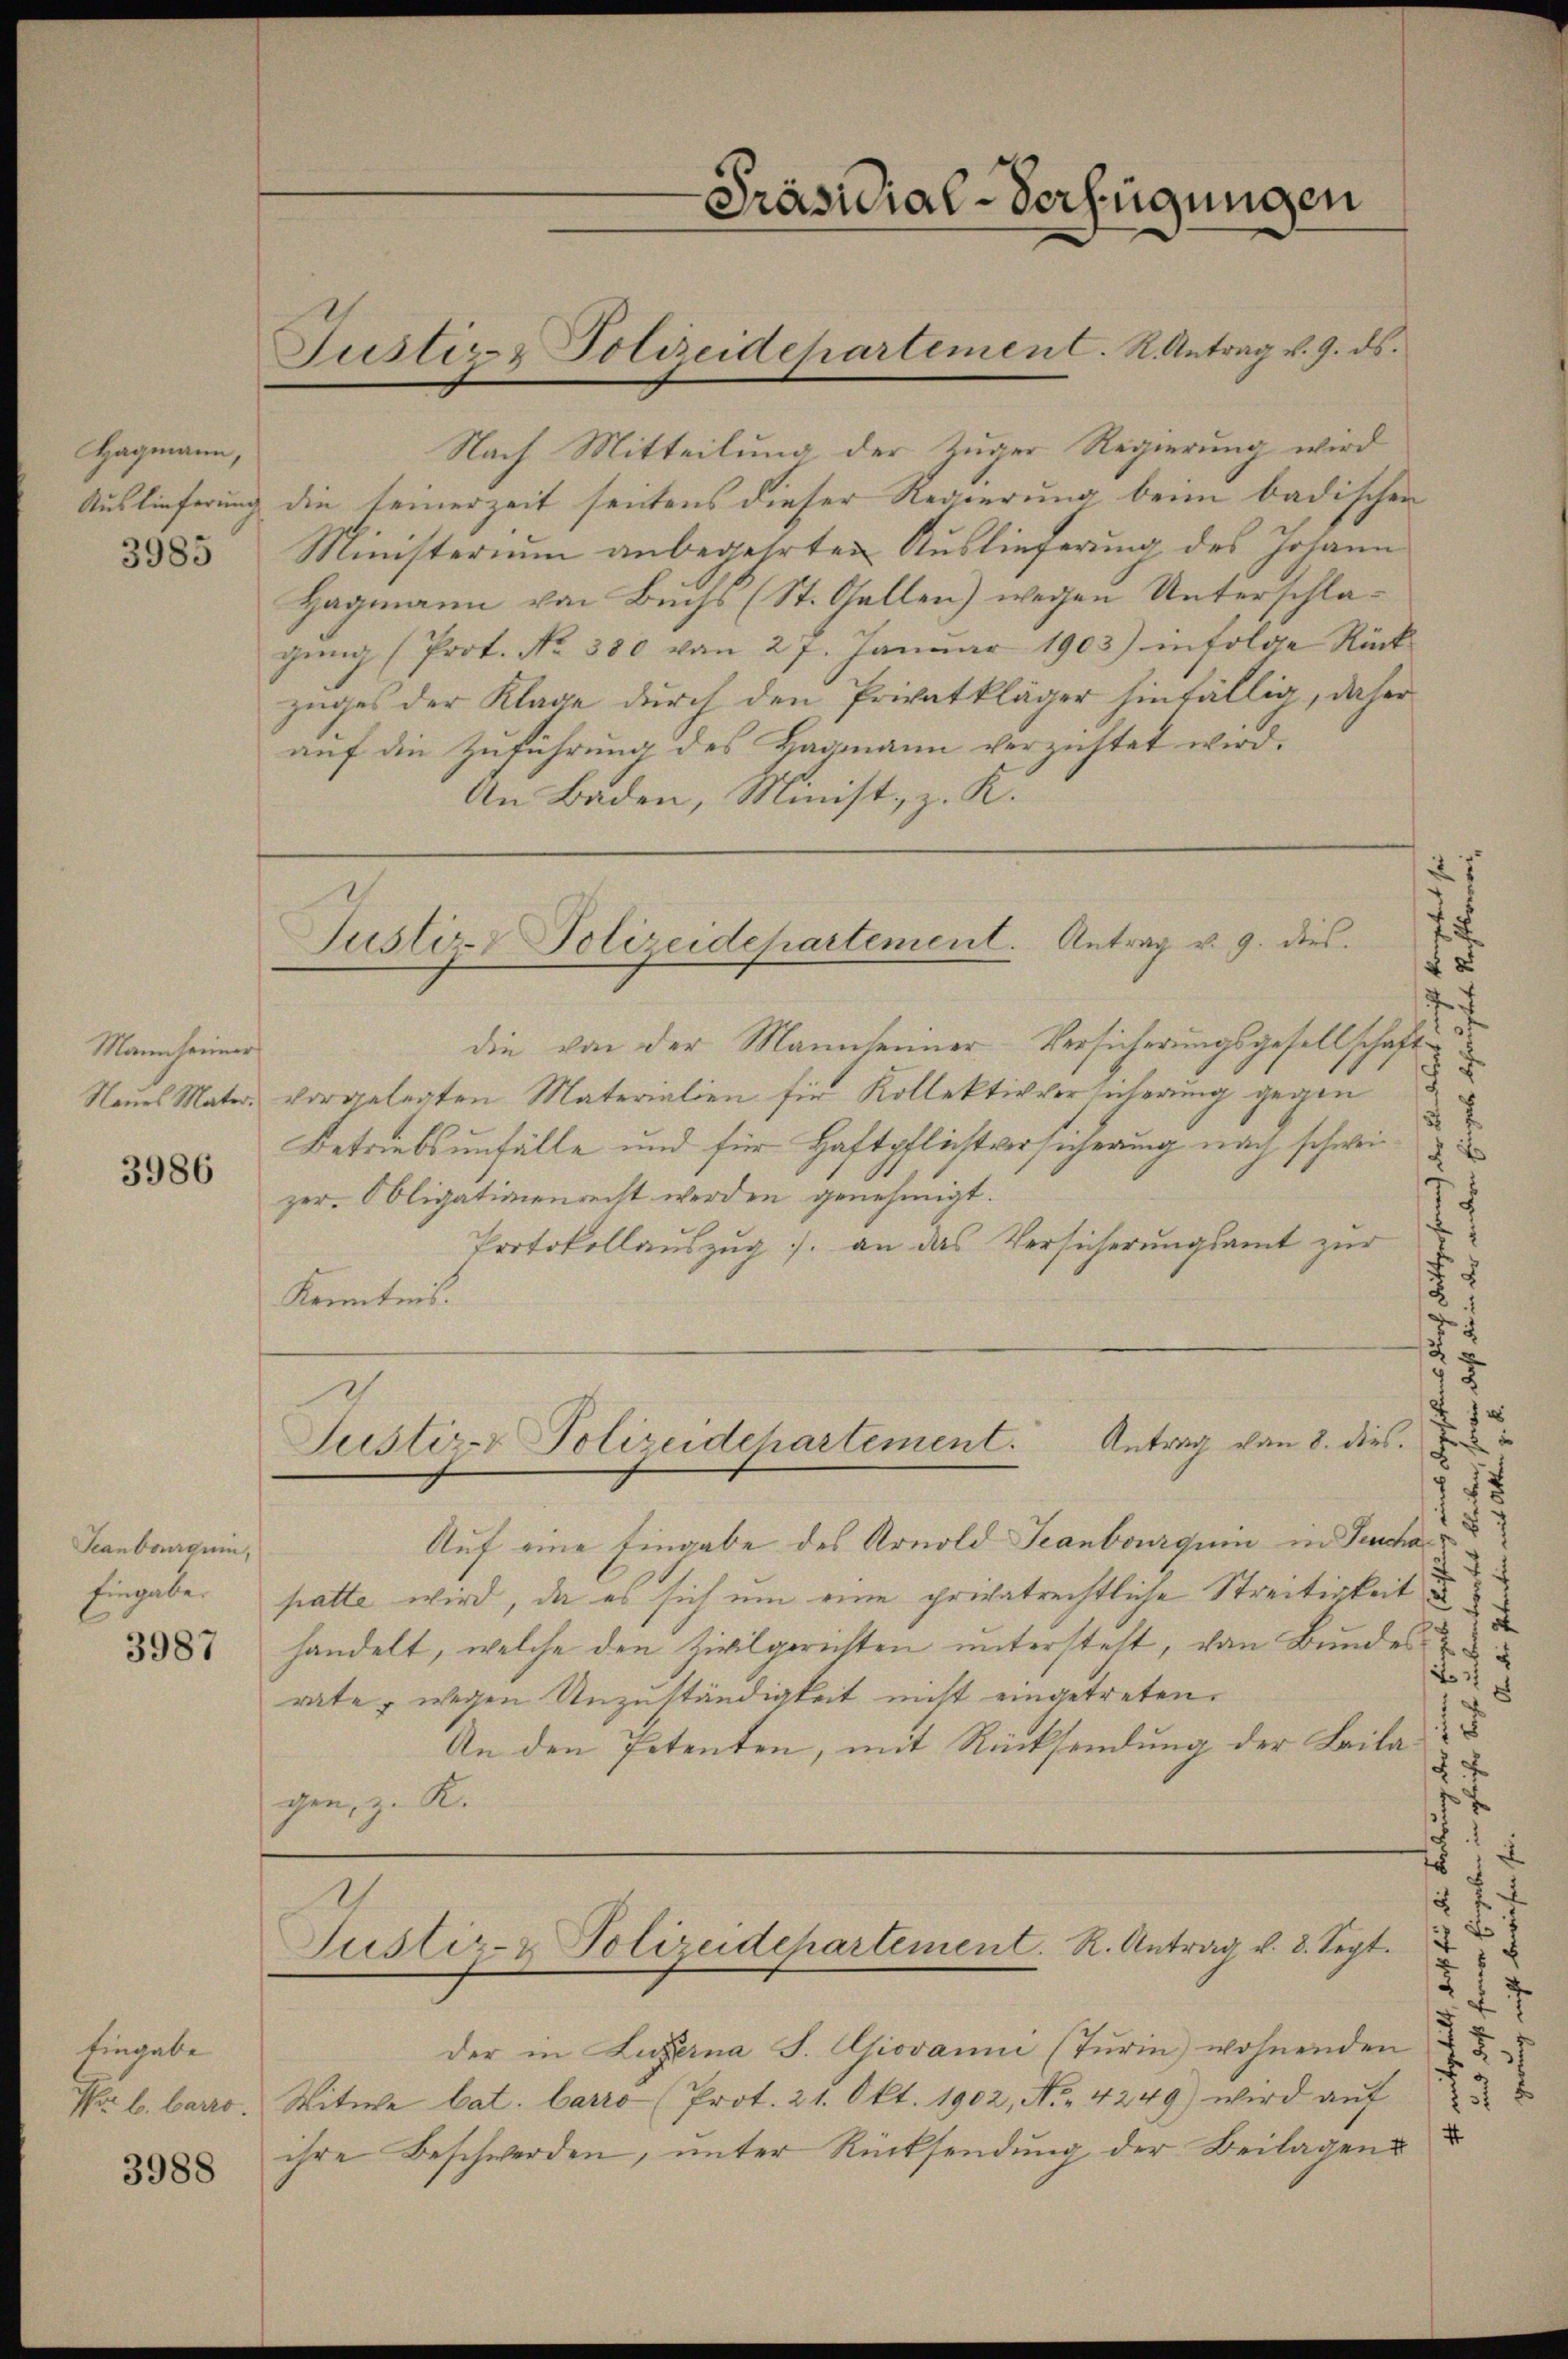
Hagmann,
Auslieferung

3985

Mann seiner

3986

Seanbarguin,
Eingabe.

3987

Eingabe
Par l. barro.

3988

Nach Mitteilung der Zuger Regierung wird
die seinerzeit seitens dieser Regierung beim badischen
Ministerium anbegehrten Auslieferung des Johann
Hagmann von Buchs (St. Gallen) wegen Unterschlagŭng (Prot. No. 380 von 27. Janŭar 1903) infolge Rück
zuges der Klage durch den Privatkläger hinfällig, daher
auf die Zuführung des Hagmann verzittet wird.
An Baden, Minist, z. K.
27
.
7
die von der Mannseiner-Versicherungsgesellschaft
Neues Mater, vorgelegten Materialien für Kollektivversicherung gegen
5
Betriebsunfälle und für Haftpflichtversicherung nach schwei
zer. Obligationenrecht werden genehmigt.
7
1
Protokollauszug. an das Versicherungsamt zur
f
.
Kenntnis.
21
2
3
2 x
 x
.
Justiz- & Polizeidchartement. Antrag von 8. dies
Auf eine Eingabe des Arnold Seanbourquin in Teuchar

patte wird, da es sich um eine privatrechtliche Streitigkeit
.
handelt, welche den Zivilgerichten untersteht, von Bundes
38
rate, wegen Unzuständigkeit nicht eingetreten.
1
An den Petenten, mit Rücksendung der Beila¬

gen, z. R.
F
15
 7
i
.
Justiz- & Polizeidehartement. R. Antrag v. 8. Sept.
t
f
der in Luzerna S. Giovani (Turin) wohnenden
27
x
Witwe Cat. Carro (Prot. 21. Okt. 1902, No. 4249) wird aŭf 3
f
ihre Beschwerden, unter Rücksendung der Beilagen

Justiz- & Polizeidechartement. K. Antrag v. 9. ds.

Präsidial-Verfügungen

Justiz & Polizeidchartement. Antrag v. 9. dies